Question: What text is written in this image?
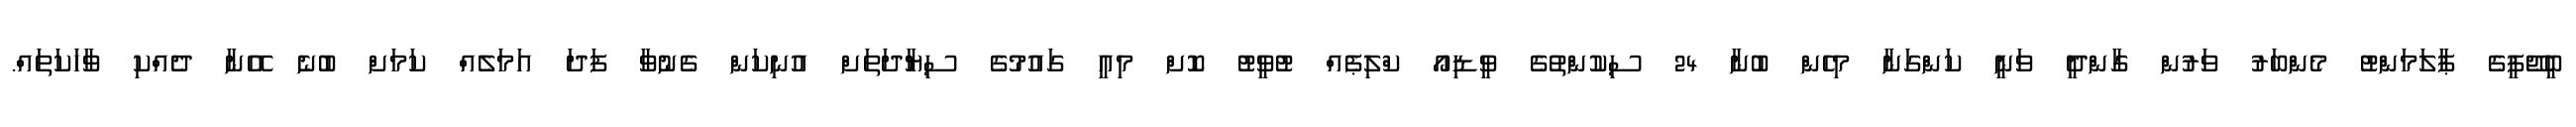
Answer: ބީޖޭޕީގެ ޕާލަމަންޓު މެންބަރު ވަރުން ގާންދީ ވަނީ ކަންގަނާ މިހެން ބުނާ 24 ސިކުންތުގެ ވީޑިއޯ ކްލިޕެއް ޓުވީޓު ކޮށް މިއީ ގައުމުގެ ސިޔާދަތަށް އުނިކަން ގެނުވާ ފަދަ އަމަލެއް ކަމަށް ބުނެ އޭނާ ދެއްކި ވާހަކަތައް.